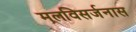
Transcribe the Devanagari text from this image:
मलविसर्जनास